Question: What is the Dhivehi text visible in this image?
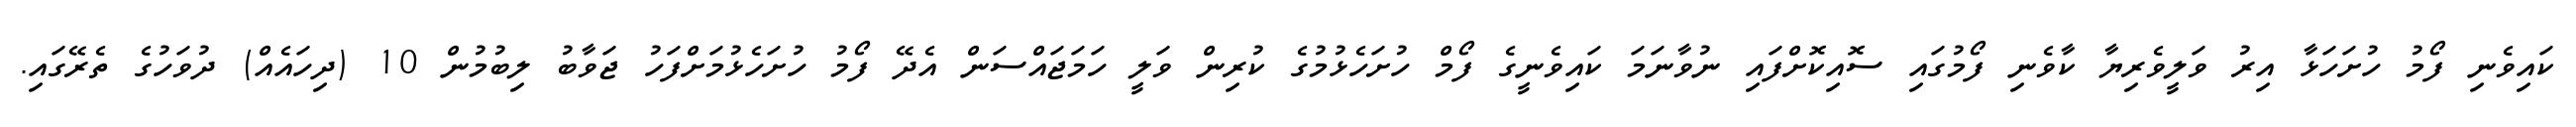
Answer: ކައިވެނި ފޯމު ހުށަހަޅާ އިރު ވަލީވެރިޔާ ކާވެނި ފޯމުގައި ސޮއިކޮށްފައި ނުވާނަމަ ކައިވެނީގެ ފޯމް ހުށަހެޅުމުގެ ކުރިން ވަލީ ހަމަޖައްސަން އެދޭ ފޯމު ހުށަހެޅުމަށްފަހު ޖަވާބު ލިބުމުން 10 (ދިހައެއް) ދުވަހުގެ ތެރޭގައި.